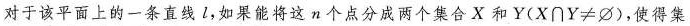
对于该平面上的一条直线l，如果能将这n个点分成两个集合X和Y( $$X \cap